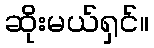
ဆိုးမယ်ရှင်။